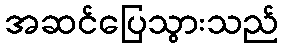
အဆင်ပြေသွားသည်